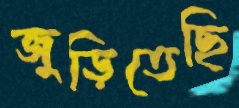
জুড়িতেছি